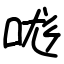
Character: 哤